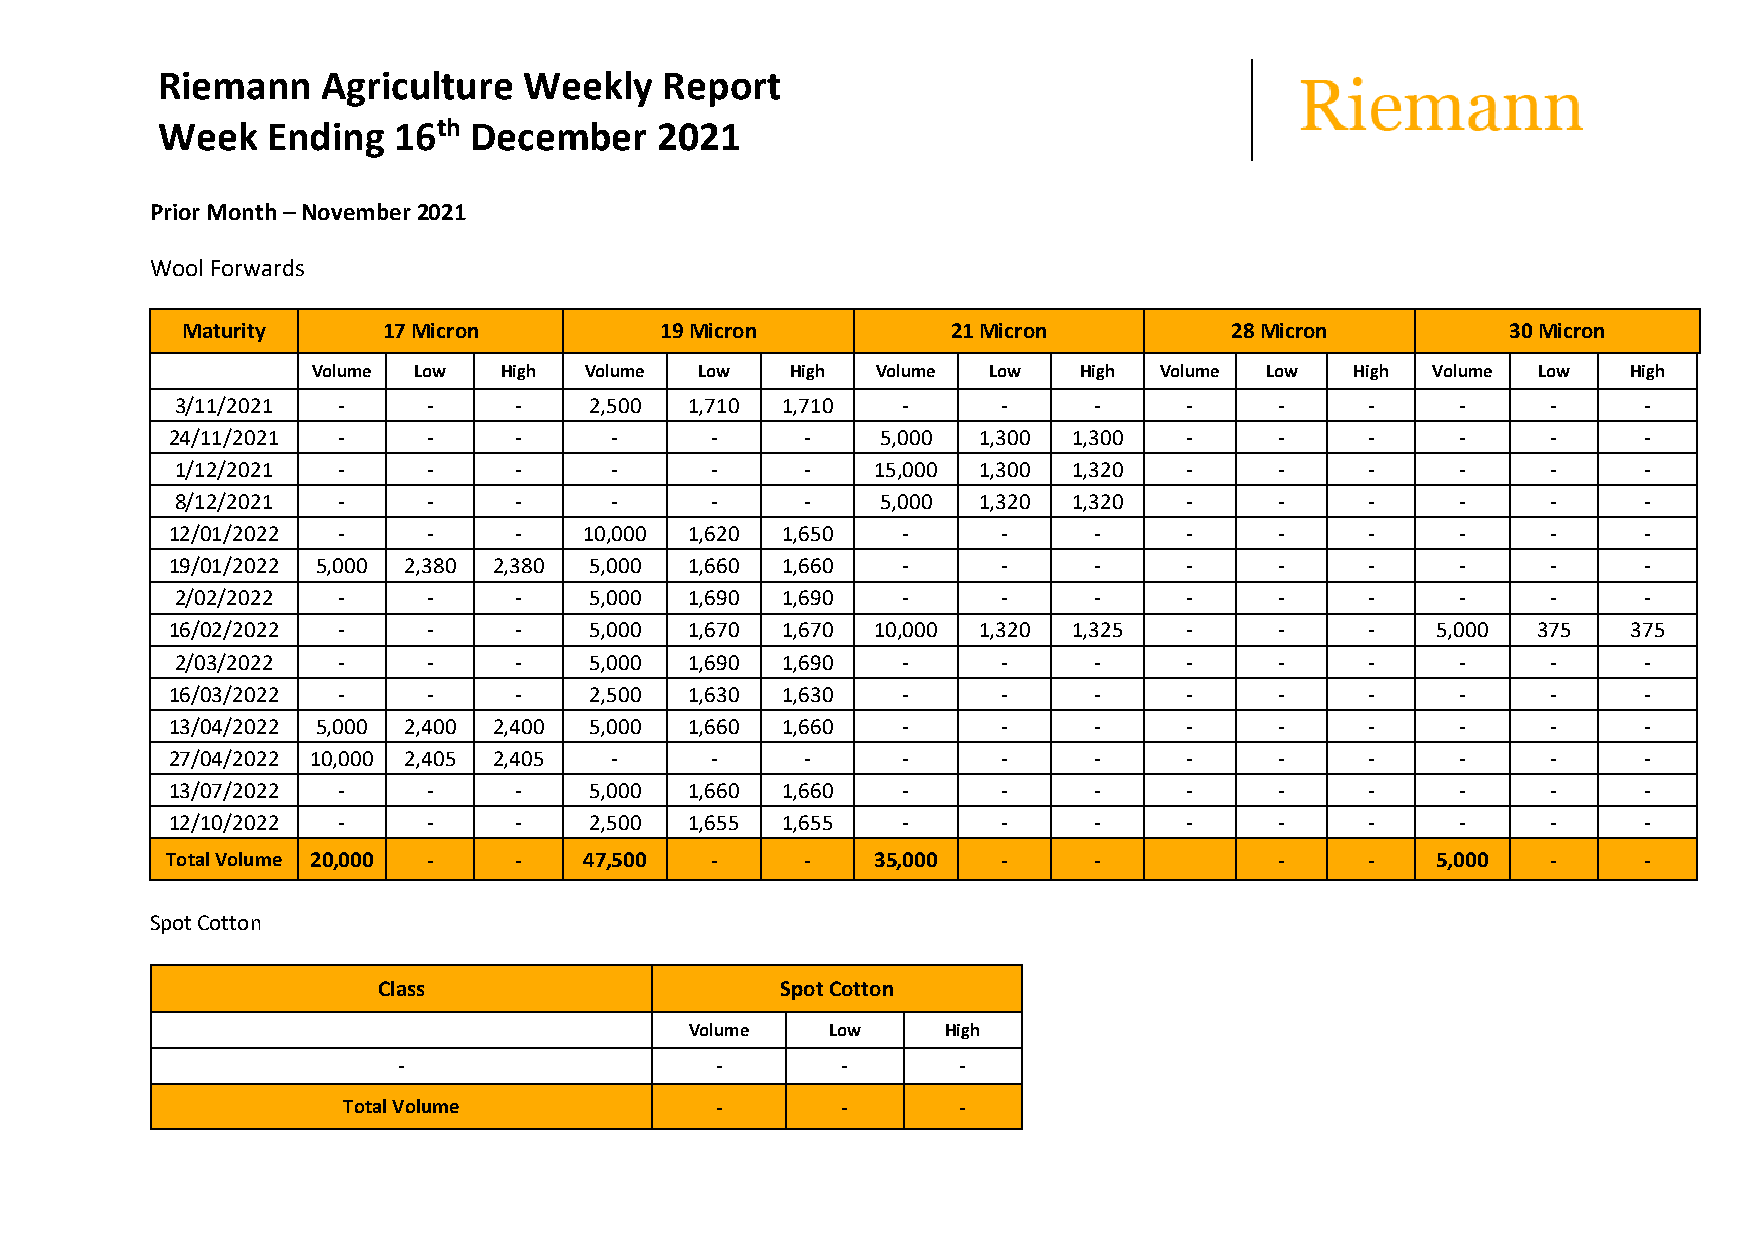
Riemann    Agriculture   Weekly   Report
 Week    Ending  16th December    2021
 Prior Month – November 2021
 Wool Forwards
 Maturity     17 Micron          19 Micron          21 Micron         28 Micron          30 Micron
 Volume Low  High  Volume Low   High  Volume Low   High  Volume Low   High Volume Low   High
 3/11/2021 -     -     -    2,500  1,710 1,710   -     -     -     -      -     -     -     -     -
 24/11/2021 -     -     -     -      -     -    5,000  1,300 1,300  -      -     -     -     -     -
 1/12/2021 -     -     -     -      -     -    15,000 1,300 1,320  -      -     -     -     -     -
 8/12/2021 -     -     -     -      -     -    5,000  1,320 1,320  -      -     -     -     -     -
 12/01/2022 -     -     -    10,000 1,620 1,650   -     -     -     -      -     -     -     -     -
 19/01/2022 5,000 2,380 2,380 5,000 1,660 1,660   -     -     -     -      -     -     -     -     -
 2/02/2022 -     -     -    5,000  1,690 1,690   -     -     -     -      -     -     -     -     -
 16/02/2022 -     -     -    5,000  1,670 1,670 10,000 1,320 1,325  -      -     -   5,000  375   375
 2/03/2022 -     -     -    5,000  1,690 1,690   -     -     -     -      -     -     -     -     -
 16/03/2022 -     -     -    2,500  1,630 1,630   -     -     -     -      -     -     -     -     -
 13/04/2022 5,000 2,400 2,400 5,000 1,660 1,660   -     -     -     -      -     -     -     -     -
 27/04/2022 10,000 2,405 2,405 -     -     -      -     -     -     -      -     -     -     -     -
 13/07/2022 -     -     -    5,000  1,660 1,660   -     -     -     -      -     -     -     -     -
 12/10/2022 -     -     -    2,500  1,655 1,655   -     -     -     -      -     -     -     -     -
 Total Volume 20,000 -  -    47,500  -     -    35,000  -     -            -     -   5,000   -     -
 Spot Cotton
 Class                      Spot Cotton
 Volume   Low     High
 -                    -        -      -
 Total Volume            -        -      -